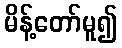
မိန့်တော်မူ၍